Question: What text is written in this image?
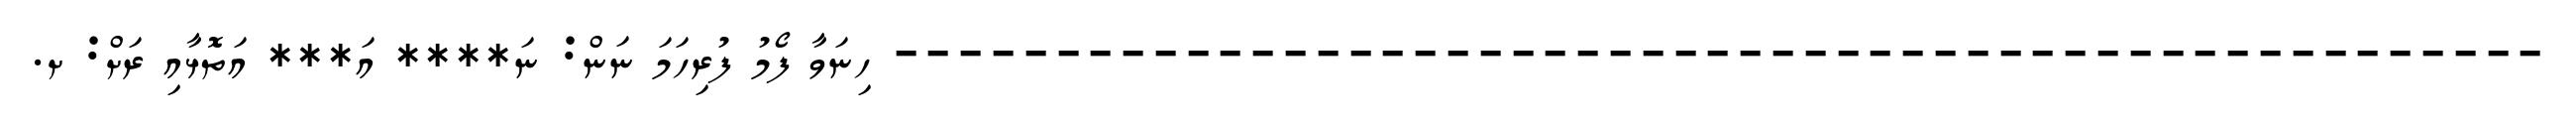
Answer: --------------------------------------------------- ހިނަވާ ފޯމު ފުރިހަމަ ނަން: ނަ**** އަ*** އަތޮޅާއި ރަށް: ށ.